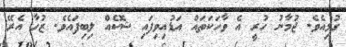
ގުޅިއެވެ. ޖުމާނު ހުރީ އެ ވާހަކަތައް އަޑުއިވިފައި ޝޮކެއް ލިބިފައެވެ. ޒުހާ އެރޭ